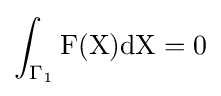
\int _{\Gamma _{1}}\mathrm {F} (\mathrm {X} )\mathrm {d} \mathrm {X} =0